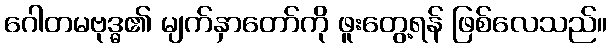
ဂေါတမဗုဒ္ဓ၏ မျက်နှာတော်ကို ဖူးတွေ့ရန် ဖြစ်လေသည်။